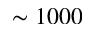
\sim 1 0 0 0